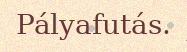
Pályafutás.